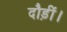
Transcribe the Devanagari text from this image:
दौड़ीं।